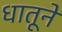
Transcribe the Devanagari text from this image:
धातूने